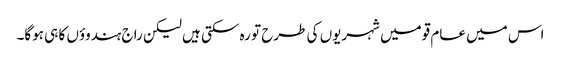
اس میں عام قومیں شہریوں کی طرح تو رہ سکتی ہیں لیکن راج ہندوؤں کا ہی ہوگا۔